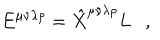
E ^ { \mu \nu \lambda \rho } = \hat { X } ^ { \mu \nu \lambda \rho } L ,